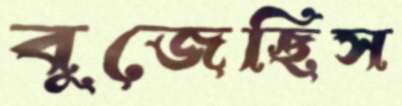
বুজেছিস